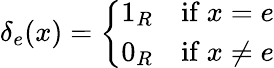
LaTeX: \delta_{e}(x)={\left\{ \begin{array}{ll}{1_{R}\quad{\mathrm{if~}}x=e}\\ {0_{R}\quad{\mathrm{if~}}x\neq e}\end{array}\right.}